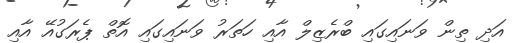
އަދި ތިން ވަަނައިގައި ބްރެޒިލް އާއި ހަތަރު ވަނައިގައި އޮތް ޕެރަގުއޭ އާއި